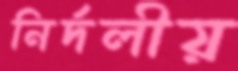
নির্দলীয়